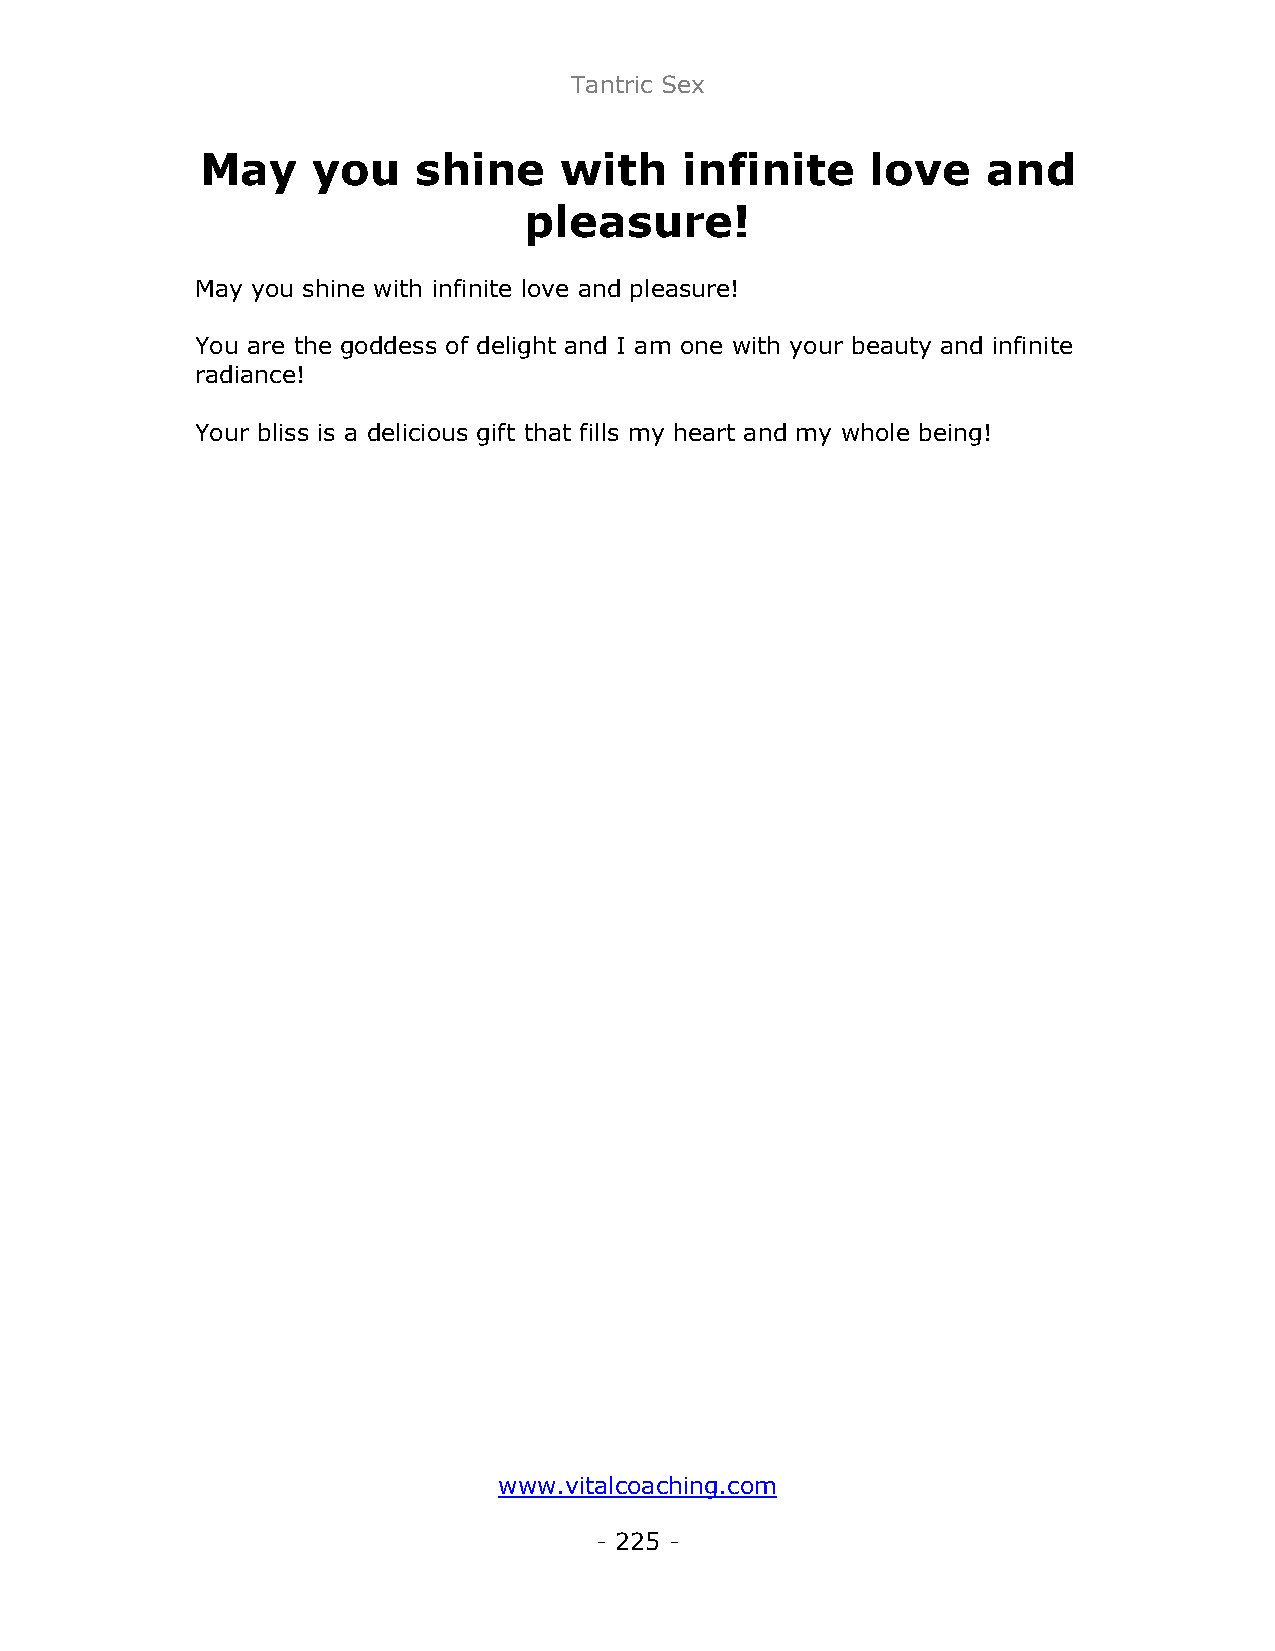
Tantric Sex
 May     you    shine    with    infinite     love   and
 pleasure!
 May you shine with infinite love and pleasure!
 You are the goddess of delight and I am one with your beauty and infinite
 radiance!
 Your bliss is a delicious gift that fills my heart and my whole being!
 www.vitalcoaching.com
 - 225 -